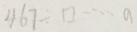
4 6 7 \div \square \cdots a